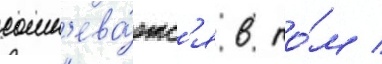
сомн'ева́етс'я в то́м /